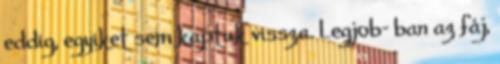
eddig, egyiket sem kaptuk vissza. Legjob- ban az fáj,